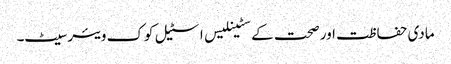
مادی حفاظت اور صحت کے سٹینلیس اسٹیل کوک ویئر سیٹ۔